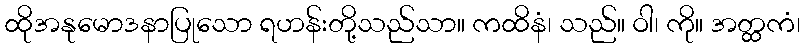
ထိုအနုမောဒနာပြုသော ရဟန်းတို့သည်သာ။ ကထိနံ၊ သည်။ ဝါ၊ ကို။ အတ္ထကံ၊